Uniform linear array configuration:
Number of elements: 24
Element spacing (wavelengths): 1
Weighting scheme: uniform
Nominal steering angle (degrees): -30
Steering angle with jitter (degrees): -29.199
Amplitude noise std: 0.05
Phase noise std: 0.05

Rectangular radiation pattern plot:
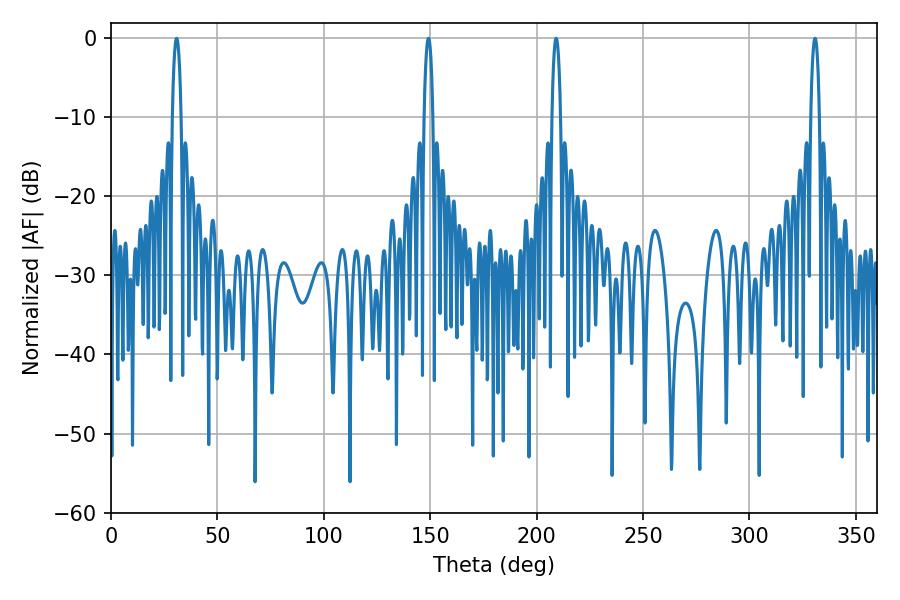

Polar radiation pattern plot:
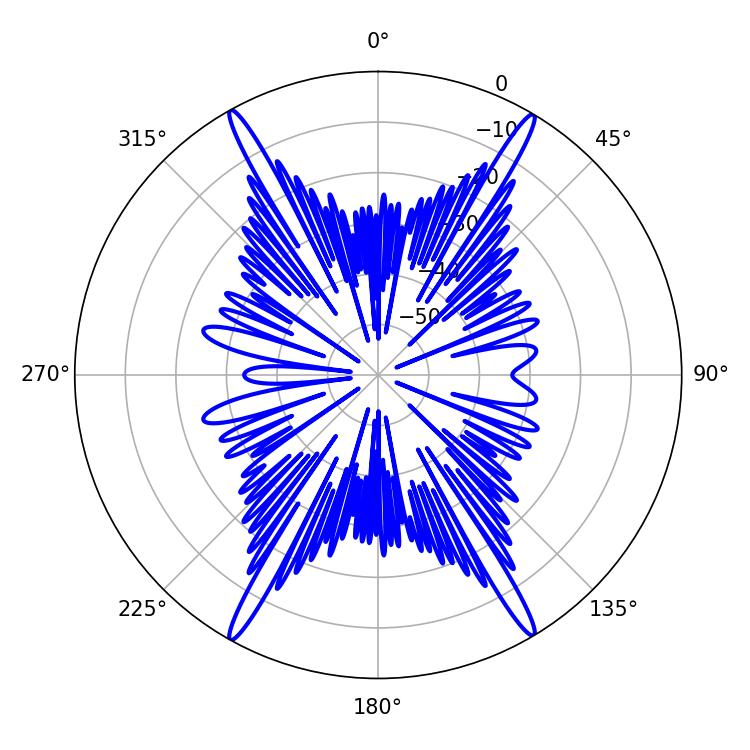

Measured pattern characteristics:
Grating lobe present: TRUE
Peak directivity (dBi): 28.927
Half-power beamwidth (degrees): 2.16
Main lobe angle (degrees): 209.16